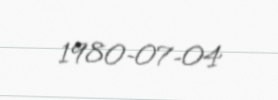
1980-07-04